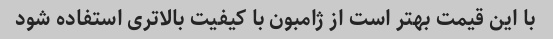
با این قیمت بهتر است از ژامبون با کیفیت بالاتری استفاده شود